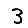
Digit: 3